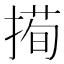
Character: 㨚